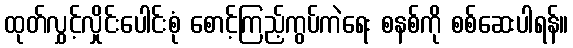
ထုတ်လွှင့်လှိုင်းပေါင်းစုံ စောင့်ကြည့်ကွပ်ကဲရေး စနစ်ကို စစ်ဆေးပါရန်။